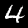
Label: 4